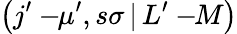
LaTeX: \left(j^{\prime}-\! \! \mu^{\prime},s\sigma\, |\, L^{\prime}-\! \! M\right)